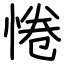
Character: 惓